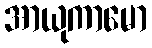
အာယုကာမော